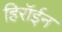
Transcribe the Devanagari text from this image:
हिरॉईन